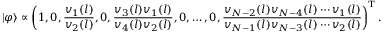
| \varphi \rangle \propto \left( 1 , 0 , \frac { v _ { 1 } ( l ) } { v _ { 2 } ( l ) } , 0 , \frac { v _ { 3 } ( l ) v _ { 1 } ( l ) } { v _ { 4 } ( l ) v _ { 2 } ( l ) } , 0 , \dots , 0 , \frac { v _ { N - 2 } ( l ) v _ { N - 4 } ( l ) \cdots v _ { 1 } ( l ) } { v _ { N - 1 } ( l ) v _ { N - 3 } ( l ) \cdots v _ { 2 } ( l ) } \right) ^ { \mathrm { T } } .